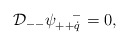
\begin{align*}{\cal D}_{--} \psi^{~~~-}_{++\dot q} = 0 ,\end{align*}